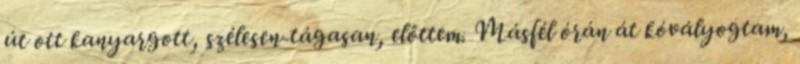
út ott kanyargott, szélesen-tága­san, előttem. Másfél órán át kóvályogtam,